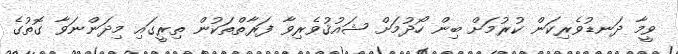
ވީމާ ދަނޑުވެރިކަން ކުރުމަށް ބިން ހޯދުމަށް ޝައުޤުވެރިވާ ފަރާތްތަކުން ތިރީގައި މިދަންނަވާ ގޮތުގެ